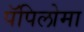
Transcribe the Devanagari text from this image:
पॅपिलोमा